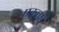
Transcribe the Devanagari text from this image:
एकवर्ष